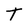
Character: T